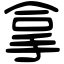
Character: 拿